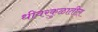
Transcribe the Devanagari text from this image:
धीवरकुळातील